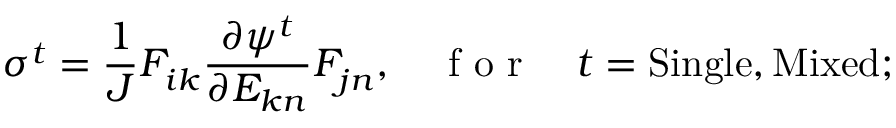
\sigma ^ { t } = \frac { 1 } { J } F _ { i k } ^ { \phantom { } } \frac { \partial \psi ^ { t } } { \partial E _ { k n } } F _ { j n } ^ { \phantom { } } , \quad \mathrm { ~ f ~ o ~ r ~ } \quad t = \mathrm { S i n g l e } , \mathrm { M i x e d } ;